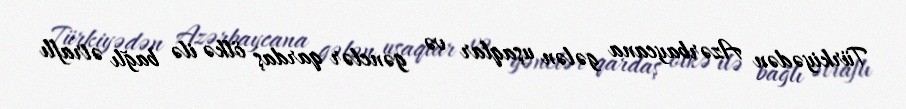
Türkiyədən Azərbaycana gələn uşaqlar və gənclər qardaş ölkə ilə bağlı ətraflı